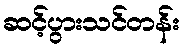
ဆင့်ပွားသင်တန်း